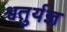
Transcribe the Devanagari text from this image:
श्वतुर्यज्ञ